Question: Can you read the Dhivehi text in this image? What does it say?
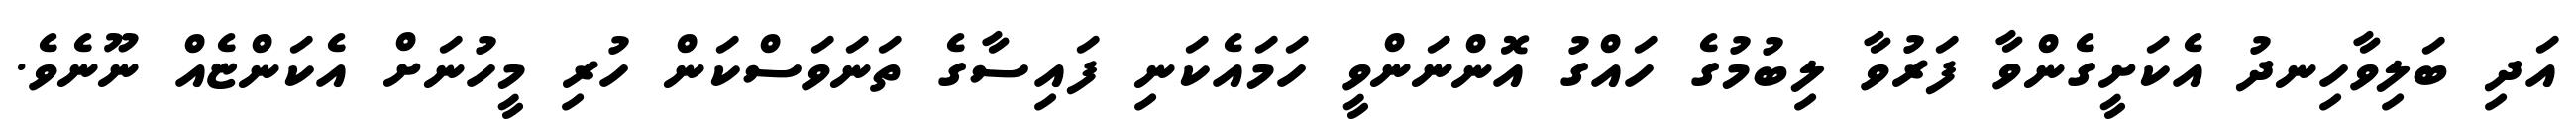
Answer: އަދި ބަލިވާހިނދު އެކަށީގެންވާ ފަރުވާ ލިބުމުގެ ހައްގު އޮންނަންވީ ހަމައެކަނި ފައިސާގެ ތަނަވަސްކަން ހުރި މީހުނަށް އެކަންޏެއް ނޫނެވެ.